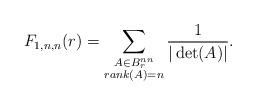
LaTeX: \begin{align*} F_{1, n, n}(r) = \sum_{\substack{ A \in B_r^{nn} \\ rank(A) = n }} \dfrac{1}{|\det(A)|}.\end{align*}